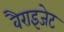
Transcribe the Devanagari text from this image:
वैराइजेट